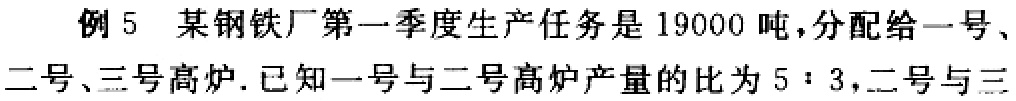
例 5 某钢铁厂第一季度生产任务是 19000 吨，分配给一号、二号、三号高炉. 已知一号与二号高炉产量的比为 \(5:3\)，二号与三